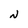
Character: N